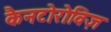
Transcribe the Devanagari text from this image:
कैनटोरोविज़